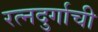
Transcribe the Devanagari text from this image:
रत्‍नदुर्गाची